Lunatic asylums Madras 1877-1891 - 1877-1891
Year: 1877
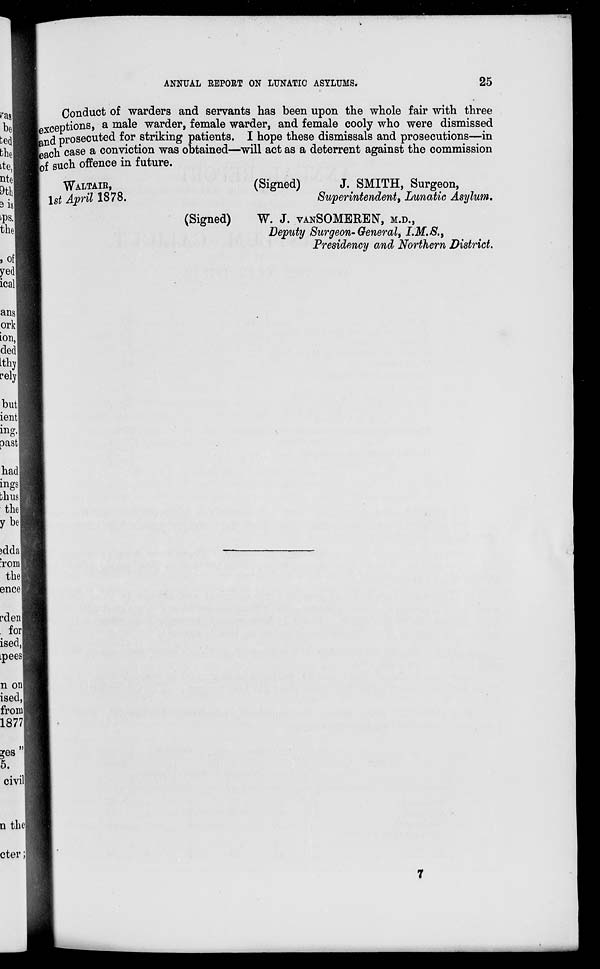
ANNUAL REPORT ON LUNATIC ASYLUMS.
25
Conduct of warders and servants has been upon the whole fair with three
exceptions, a male warder, female warder, and female cooly who were dismissed
and prosecuted for striking patients. I hope these dismissals and prosecutions—in
each case a conviction was obtained—will act as a deterrent against the commission
of such offence in future.
WALTAIR,
1st April 1878.
(Signed)
J. SMITH, Surgeon,
Superintendent, Lunatic Asylum.
(Signed)
W. J. VANSOMEREN, M.D.,
Deputy Surgeon-General, I.M.S.,
Presidency and Northern District.
7